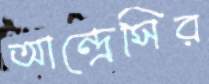
আন্দ্রেসির